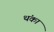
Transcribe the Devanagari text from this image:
थंका